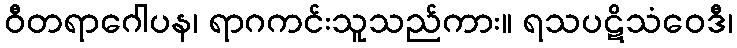
ဝီတရာဂေါပန၊ ရာဂကင်းသူသည်ကား။ ရသပဋိသံဝေဒီ၊